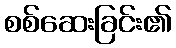
စစ်ဆေးခြင်း၏